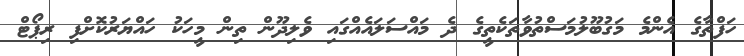
ހަފްތާގެ އެންމެ މަގުބޫލުމަސްތުވާތަކެތީގެ ދެ މައްސަލައެއްގައި ވެލިދޫން ތިން މީހަކު ހައްޔަރުކޮށްފި ރިޕޯޓް